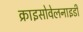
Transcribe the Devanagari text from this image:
क्राइसोवेलनाइडी